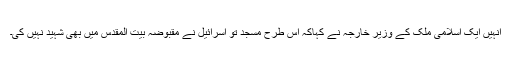
انہیں ایک اسلامی ملک کے وزیر خارجہ نے کہاکہ اس طرح مسجد تو اسرائیل نے مقبوضہ بیت المقدس میں بھی شہید نہیں کی۔